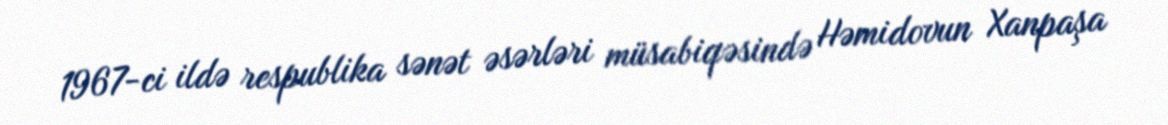
1967-ci ildə respublika sənət əsərləri müsabiqəsində Həmidovun Xanpaşa